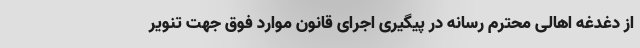
از دغدغه اهالی محترم رسانه در پیگیری اجرای قانون موارد فوق جهت تنویر